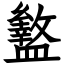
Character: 盭